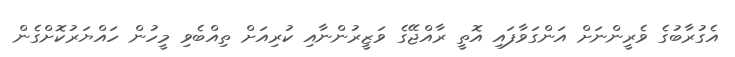
އެގުރާބުގެ ވެރީންނަށް އަންގަވާފައި އޮތީ ރާއްޖޭގެ ވަޒީރުންނާއި ކުރިއަށް ތިއްބެވި މީހުން ހައްޔަރުކޮށްގެން